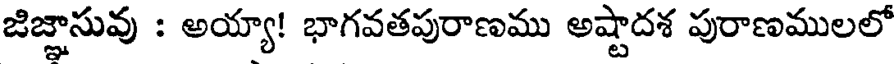
జిజ్ఞాసువు : అయ్యా! భాగవతపురాణము అష్టాదశ పురాణములలో